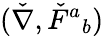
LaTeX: (\check{\nabla},\check{F}{}^{a}{}_{b})